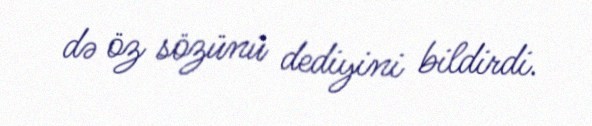
də öz sözünü dediyini bildirdi.